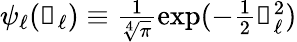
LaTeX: \begin{array}{r}{\psi_{\ell}(\mathscr{f}_{\ell})\equiv\frac{1}{\sqrt[4]{\pi}}\exp(-\frac{1}{2}\mathscr{f}_{\ell}^{2})}\end{array}